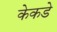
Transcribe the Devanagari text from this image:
केकडे